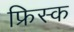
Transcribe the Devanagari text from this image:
फ्रिस्क